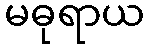
မဓုရာယ